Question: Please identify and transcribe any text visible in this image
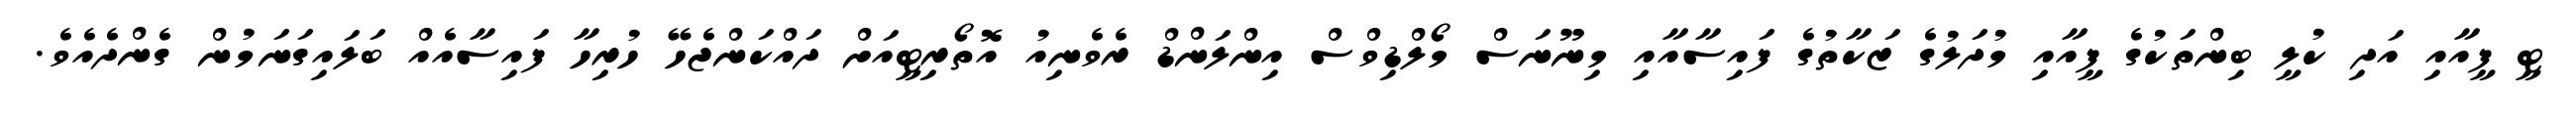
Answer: ޓީ ފީއާއި އަދި ކުލީ ބިންތަކުގެ ފީއާއި މުދަލުގެ ޒަކާތުގެ ފައިސާއާއި މިނޫނަސް މޯލްޑިވްސް އިންލަންޑް ރެވެނިއު އޮތޯރިޓީއަށް ދައްކަންޖެހޭ ހުރިހާ ފައިސާއެއް ބަލައިގަނަމުން ގެންދެއެވެ.